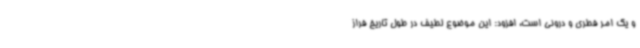
و یک امر فطری و درونی است، افزود: این موضوع لطیف در طول تاریخ فراز